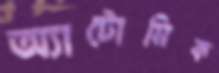
অ্যাটোমিক